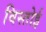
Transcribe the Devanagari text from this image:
विस्तोई